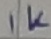
Text: 1K